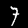
Digit: 7